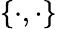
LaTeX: \{ \cdot,\cdot\}